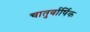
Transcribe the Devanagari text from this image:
चातुर्वार्षिक